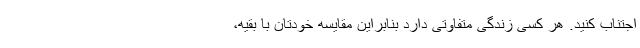
اجتناب کنید. هر کسی زندگی متفاوتی دارد بنابراین مقایسه خودتان با بقیه،